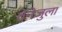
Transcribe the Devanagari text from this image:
वेनेजुला